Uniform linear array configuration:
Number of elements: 64
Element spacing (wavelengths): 1
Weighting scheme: exponential
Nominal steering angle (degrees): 0
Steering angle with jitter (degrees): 1.765
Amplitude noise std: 0.05
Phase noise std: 0.05

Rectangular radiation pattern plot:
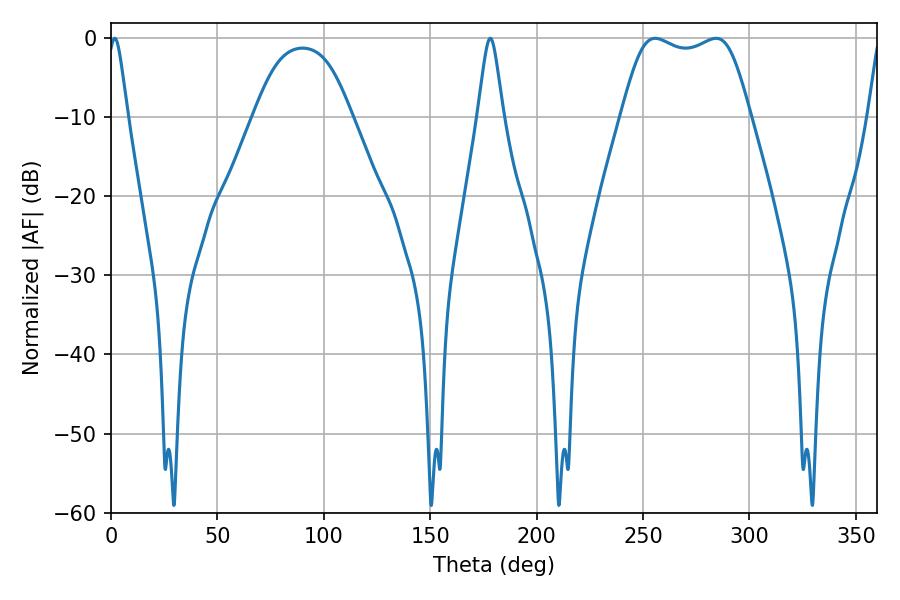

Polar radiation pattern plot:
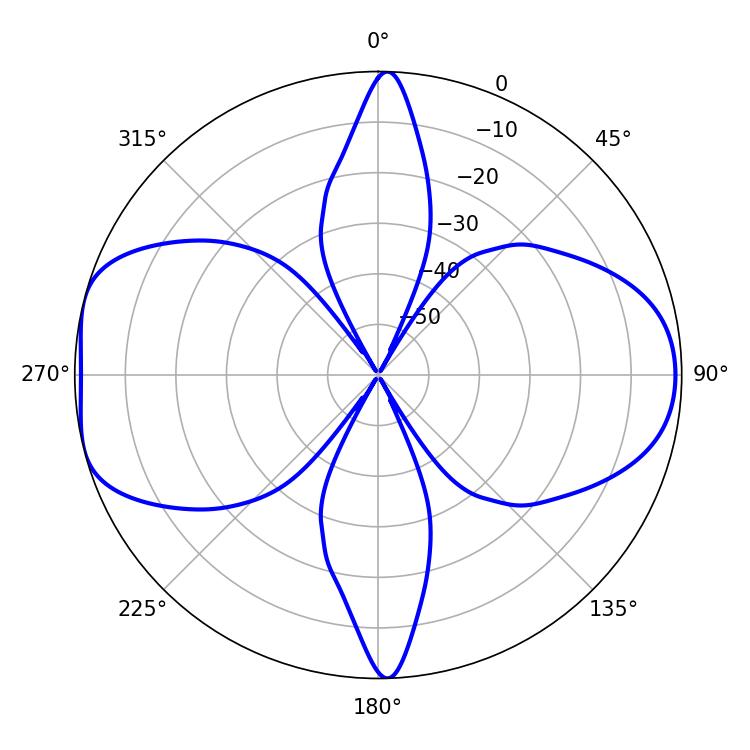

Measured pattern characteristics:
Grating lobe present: TRUE
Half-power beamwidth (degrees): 46.44
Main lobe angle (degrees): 284.22